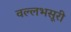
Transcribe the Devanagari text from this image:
वल्लभसूरी